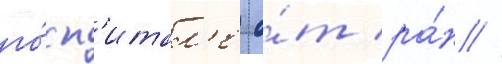
го́сп'итал'е о́т ра́н //